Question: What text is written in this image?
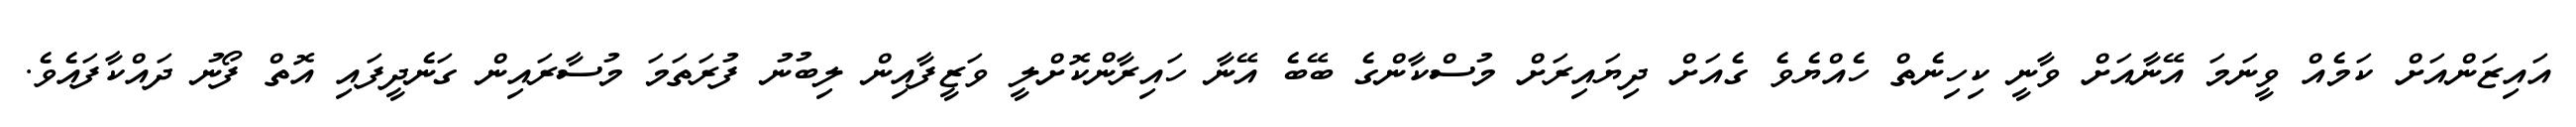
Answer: އައިޒަންއަށް ކަމެއް ވީނަމަ އޭނާއަށް ވާނީ ކިހިނެތް ހެއްޔެވެ ގެއަށް ދިޔައިރަށް މުސްކާންގެ ބޭބެ އޭނާ ހައިރާންކޮށްލީ ވަޒީފާއިން ލިބުނު ފުރަތަމަ މުސާރައިން ގަނެދީފައި އޮތް ފޯނު ދައްކާފައެވެ.